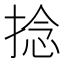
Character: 捻